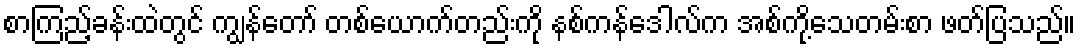
စာကြည့်ခန်းထဲတွင် ကျွန်တော် တစ်ယောက်တည်းကို နစ်ကန်ဒေါလ်က အစ်ကို့သေတမ်းစာ ဖတ်ပြသည်။